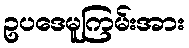
ဥပဒေမူကြမ်းအား